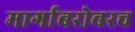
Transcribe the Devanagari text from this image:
मार्गाबरोबरच